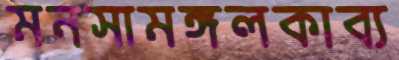
মনসামঙ্গলকাব্য